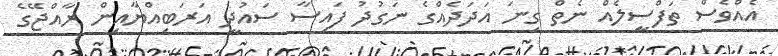
އެއްވެސް ތަފްސީލެއް ނެތް ގިނަ އަދަދެއްގެ ނަގުދު ފައިސާ ސައުދީ އަރަބިއްޔާއިން ރާއްޖޭގެ